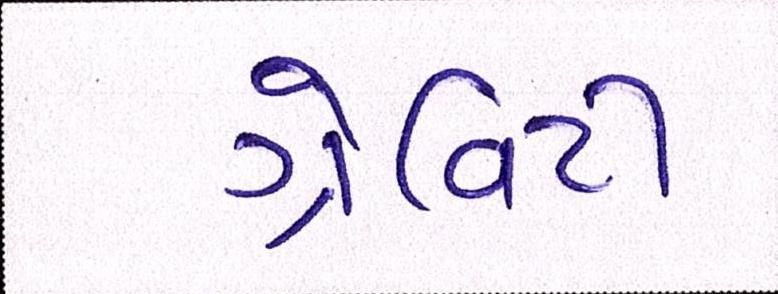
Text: ગ્રેવિટી